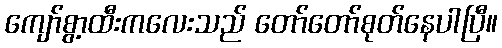
ကျော်စွာ့ထီးကလေးသည် တော်တော်စုတ်နေပါပြီ။